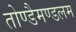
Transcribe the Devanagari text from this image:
तोण्डैमण्डलम